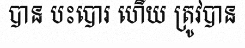
បាន បះបោរ ហើយ ត្រូវបាន